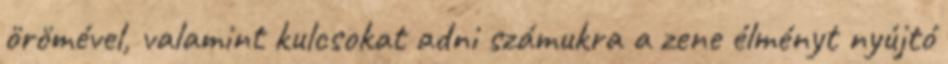
örömével, valamint kulcsokat adni számukra a zene élményt nyújtó